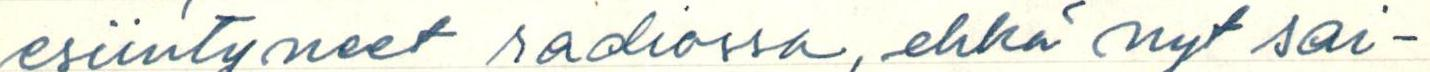
esiintyneet radiossa, ehkä nyt sai-